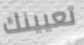
تعيينك